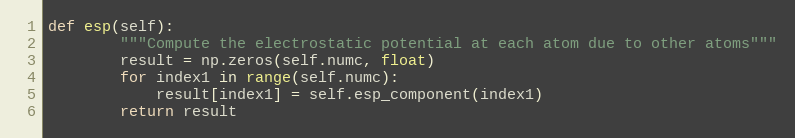
Language: Python
def esp(self):
        """Compute the electrostatic potential at each atom due to other atoms"""
        result = np.zeros(self.numc, float)
        for index1 in range(self.numc):
            result[index1] = self.esp_component(index1)
        return result